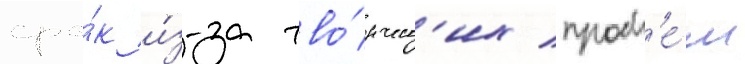
сро́к и́з-за тво́рческ'их пробл'е́м